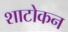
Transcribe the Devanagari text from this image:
शाटोकन